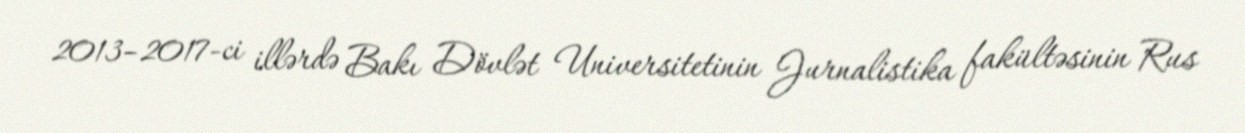
2013–2017-ci illərdə Bakı Dövlət Universitetinin Jurnalistika fakültəsinin Rus